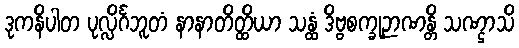
ဒုကနိပါတ ပုလ္လိင်္ဂဘူတံ နာနာတိတ္ထိယာ သန္ထံ ဒိဗ္ဗစက္ခုဉာဏန္တိ သဏ္ဌာသိ